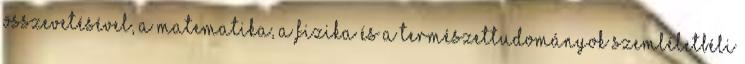
összevetésével, a matematika, a fizika és a természettudományok szemléletbéli